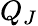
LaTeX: Q_{J}